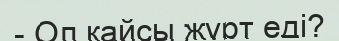
- Ол қайсы жұрт еді?